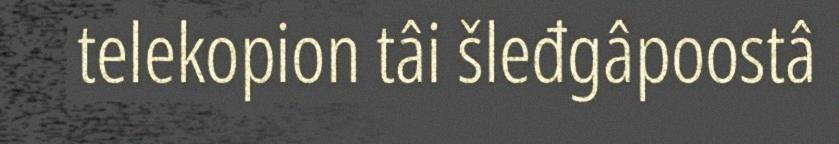
telekopion tâi šleđgâpoostâ